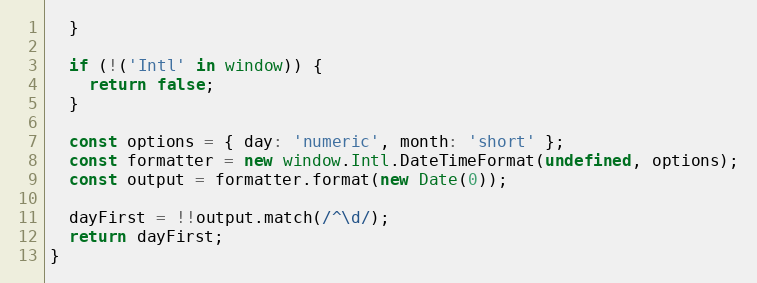
Language: JavaScript
  }

  if (!('Intl' in window)) {
    return false;
  }

  const options = { day: 'numeric', month: 'short' };
  const formatter = new window.Intl.DateTimeFormat(undefined, options);
  const output = formatter.format(new Date(0));

  dayFirst = !!output.match(/^\d/);
  return dayFirst;
}